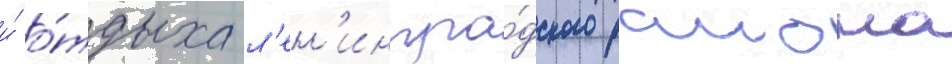
и́ о́тдыха л'ен'ингра́дского раиона